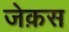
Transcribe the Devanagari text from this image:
जेक़स